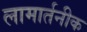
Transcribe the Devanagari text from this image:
लामार्तनीक